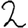
Digit: 2